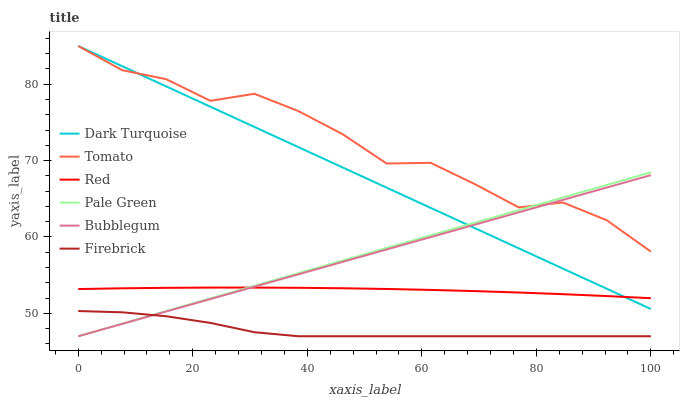
| xaxis_label | Dark Turquoise | Tomato | Red | Pale Green | Bubblegum | Firebrick |
 | --- | --- | --- | --- | --- | --- | --- |
 | 0 | 85 | 85 | 53.2 | 47 | 47 | 50.3 |
 | 7.69 | 82.4 | 81.8 | 53.3 | 48.7 | 48.6 | 50.1 |
 | 15.4 | 79.7 | 80.6 | 53.3 | 50.3 | 50.2 | 49.6 |
 | 23.1 | 77.1 | 77.8 | 53.4 | 52 | 51.9 | 48.7 |
 | 30.8 | 74.4 | 78.7 | 53.4 | 53.6 | 53.5 | 47.5 |
 | 38.5 | 71.8 | 76.5 | 53.3 | 55.3 | 55.1 | 47 |
 | 46.2 | 69.1 | 73.5 | 53.3 | 56.9 | 56.7 | 47 |
 | 53.8 | 66.5 | 69.6 | 53.2 | 58.6 | 58.4 | 47 |
 | 61.5 | 63.8 | 69.7 | 53.1 | 60.2 | 60 | 47 |
 | 69.2 | 61.2 | 66.9 | 52.9 | 61.9 | 61.6 | 47 |
 | 76.9 | 58.5 | 63.9 | 52.7 | 63.5 | 63.2 | 47 |
 | 84.6 | 55.9 | 64.5 | 52.5 | 65.2 | 64.8 | 47 |
 | 92.3 | 53.2 | 62.2 | 52.3 | 66.8 | 66.5 | 47 |
 | 100 | 50.6 | 58.1 | 52 | 68.5 | 68.1 | 47 |